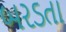
બરડતા